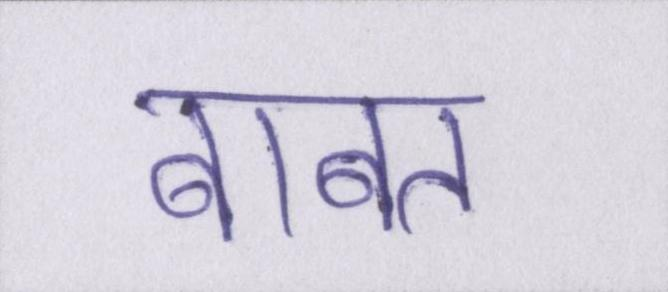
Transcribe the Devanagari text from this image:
बाबत